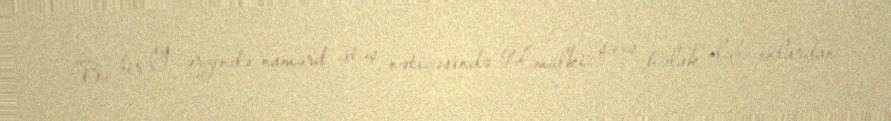
Bu bir ay ərzində namərd atəş nəticəsində 91 mülki şəxs həlak olub, onlardan